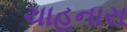
ચાહનારા